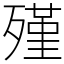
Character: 殣